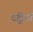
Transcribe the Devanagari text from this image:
चट्टियां